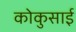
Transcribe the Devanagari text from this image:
कोकुसाई